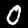
Label: 0